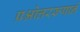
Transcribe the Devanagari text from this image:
प्रश्नोत्तररूपाने